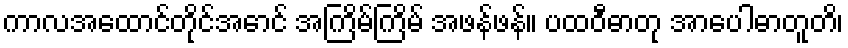
ကာလအထောင်တိုင်အောင် အကြိမ်ကြိမ် အဖန်ဖန်။ ပထဝီဓာတု အာပေါဓာတူတိ၊